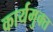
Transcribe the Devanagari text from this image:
कार्यमुक्‍त